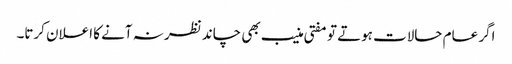
اگر عام حالات ہوتے تو مفتی منیب بھی چاند نظر نہ آنے کا اعلان کرتا۔